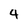
Character: 4